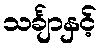
သင်္ချာနှင့်